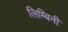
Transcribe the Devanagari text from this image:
लिम्बिनी